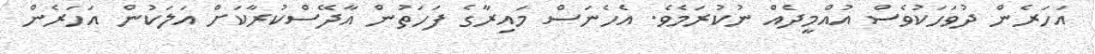
އަހަރެން ދުވަހަކުވެސް އުއްމީދެއް ނުކުރަމެވެ. އެހެނަސް މައިރާގެ ފަހަތުން އާދޭސްކުރާކަށް އަލަކުން އަހަރެން